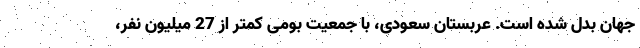
جهان بدل شده است. عربستان سعودی، با جمعیت بومی کمتر از 27 میلیون نفر،